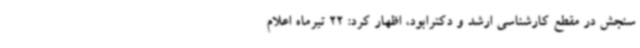
سنجش در مقطع کارشناسی ارشد و دکترابود، اظهار کرد: 22 تیرماه اعلام